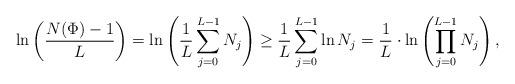
LaTeX: \begin{align*} \ln \left( \frac{N(\Phi) - 1}{L} \right) = \ln\left(\frac{1}{L} \sum_{j=0}^{L-1} N_{j}\right) \geq \frac{1}{L} \sum_{j=0}^{L-1} \ln N_{j} = \frac{1}{L} \cdot \ln\left( \prod_{j=0}^{L-1} N_{j} \right),\end{align*}